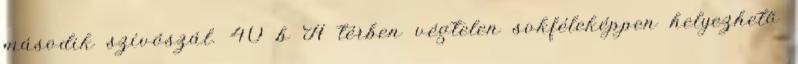
második szívószál. 40 b A térben végtelen sokféleképpen helyezhetõ